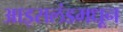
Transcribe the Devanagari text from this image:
आइसलंडमधून